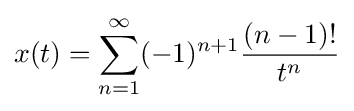
x(t)=\sum _{n=1}^{\infty }(-1)^{n+1}{\frac {(n-1)!}{t^{n}}}